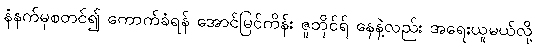
နံနက်မှစတင်၍ ကောက်ခံရန် အောင်မြင်ကိန်း ဇူဘိုင်ရ် နေနဲ့လည်း အရေးယူမယ်လို့